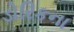
ડોરિકના